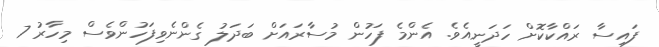
ފައިސާ ރައްކާކޮށް ހަދަނީއެވެ. އެންމެ ފަހުން މުސާރައަށް ބަދަލު ގެންނެވިފަހުންވެސް މިހާރު 7